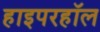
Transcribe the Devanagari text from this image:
हाइपरहॉल